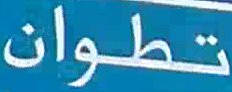
تطوان